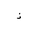
Letter: _thal